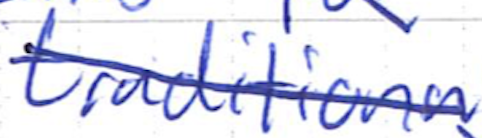
Text: traditional
Cross-out: diagonal
Writing tool: ballpoint